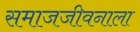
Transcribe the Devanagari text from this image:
समाजजीवनाला